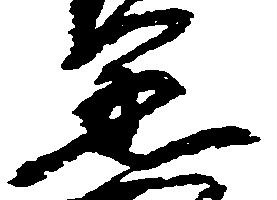
丞